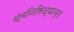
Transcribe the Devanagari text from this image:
ध्वनिसिद्धान्त